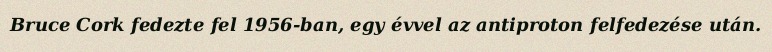
Bruce Cork fedezte fel 1956-ban, egy évvel az antiproton felfedezése után.